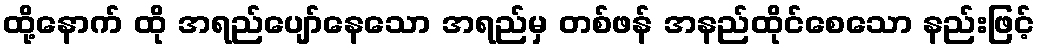
ထို့နောက် ထို အရည်ပျော်နေသော အရည်မှ တစ်ဖန် အနည်ထိုင်စေသော နည်းဖြင့်